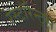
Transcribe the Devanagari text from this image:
रेस्टॉरेन्ट्स